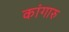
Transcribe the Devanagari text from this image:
कांगारु